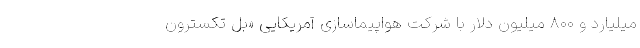
میلیارد و ۸۰۰ میلیون دلار با شرکت هواپیماسازی آمریکایی «بل تکسترون